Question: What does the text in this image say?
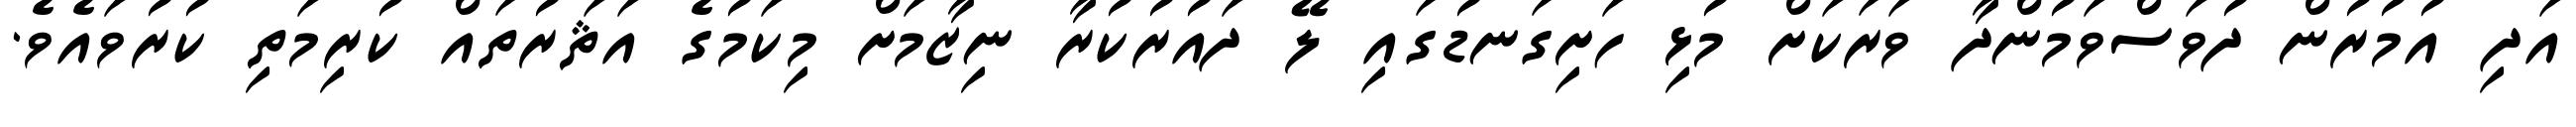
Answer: އަދި އުމުރުން ދުވަސްވަމުންދާ ވަރަކަށް މުޅި ހަށިގަނޑުގައި ލޭ ދައުރުކުރާ ނިޒާމަށް މިކަމުގެ އަޘަރުތައް ކުރިމަތި ކުރުވައެވެ.